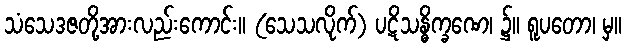
သံသေဒဇတို့အားလည်းကောင်း။ (သေသလိုက်) ပဋိသန္ဓိက္ခဏေ၊ ၌။ ရူပတော၊ မှ။